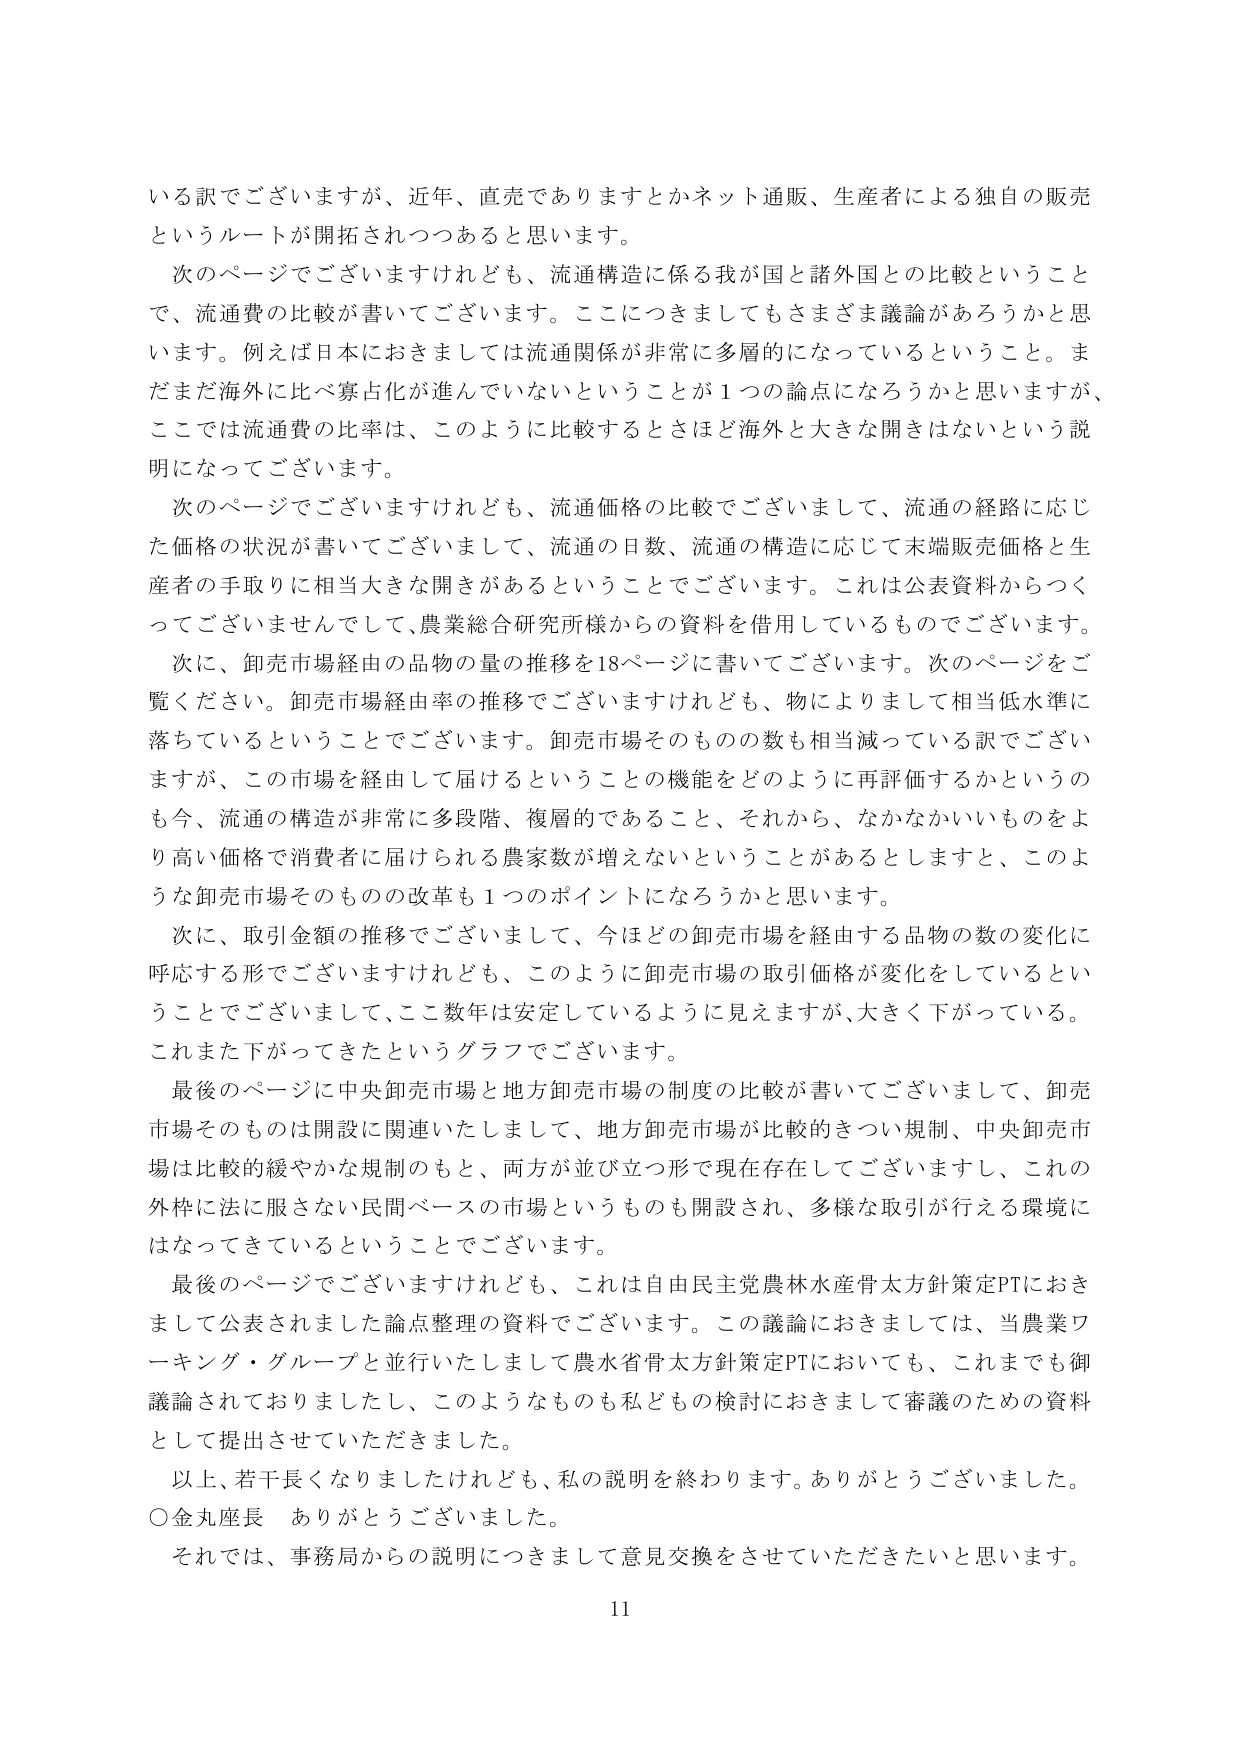
いる訳でございますが、近年、直売でありますとかネット通販、生産者による独自の販売というルートが開拓されつつあると思います。

次のページでございますけれども、流通構造に係る我が国と諸外国との比較ということで、流通費の比較が書いてございます。ここにつきましてもさまざま議論があろうかと思います。例えば日本におきましては流通関係が非常に多層的になっているということ。まだまだ海外に比べ寡占化が進んでいないということが１つの論点になろうかと思いますが、ここでは流通費の比率は、このように比較するとさほど海外と大きな開きはないという説明になってございます。

次のページでございますけれども、流通価格の比較でございまして、流通の経路に応じた価格の状況が書いてございまして、流通の日数、流通の構造に応じて末端販売価格と生産者の手取りに相当大きな開きがあるということでございます。これは公表資料からつくってございませんでして、農業総合研究所様からの資料を借用しているものでございます。

次に、卸売市場経由の品物の量の推移を18ページに書いてございます。次のページをご覧ください。卸売市場経由率の推移でございますけれども、物によりまして相当低水準に落ちているということでございます。卸売市場そのものの数も相当減っている訳でございますが、この市場を経由して届けるということの機能をどのように再評価するかというのも今、流通の構造が非常に多段階、複層的であること、それから、なかなかいいものをより高い価格で消費者に届けられる農家数が増えないということがあるとしますと、このような卸売市場そのものの改革も１つのポイントになろうかと思います。

次に、取引金額の推移でございまして、今ほど卸売市場を経由する品物の数の変化に呼応する形でございますけれども、このように卸売市場の取引価格が変化をしているということでございまして、ここ数年は安定しているように見えますが、大きく下がっている。これまた下がってきたというグラフでございます。

最後のページに中央卸売市場と地方卸売市場の制度の比較が書いてございまして、卸売市場そのものは開設に関連いたしまして、地方卸売市場が比較的きつい規制、中央卸売市場は比較的緩やかな規制のもと、両方が並び立つ形で現在存在してございますし、これの外枠に法に服さない民間ベースの市場というのも開設され、多様な取引が行える環境になってきているということでございます。

最後のページでございますけれども、これは自由民主党農林水産骨太方針策定PTにおきまして公表されました論点整理の資料でございます。この議論におきましては、当農業ワーキング・グループと並行いたしまして農水省骨太方針策定PTにおいても、これまでも御議論されておりましたし、このようなものも私どもの検討におきまして審議のための資料として提出させていただきました。

以上、若干長くなりましたが、私の説明を終わります。ありがとうございました。

○金丸座長　ありがとうございました。

それでは、事務局からの説明につきまして意見交換をさせていただきたいと思います。

11